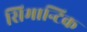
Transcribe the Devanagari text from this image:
सिमान्टिक